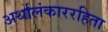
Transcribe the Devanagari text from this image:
अर्थालंकाररहिता